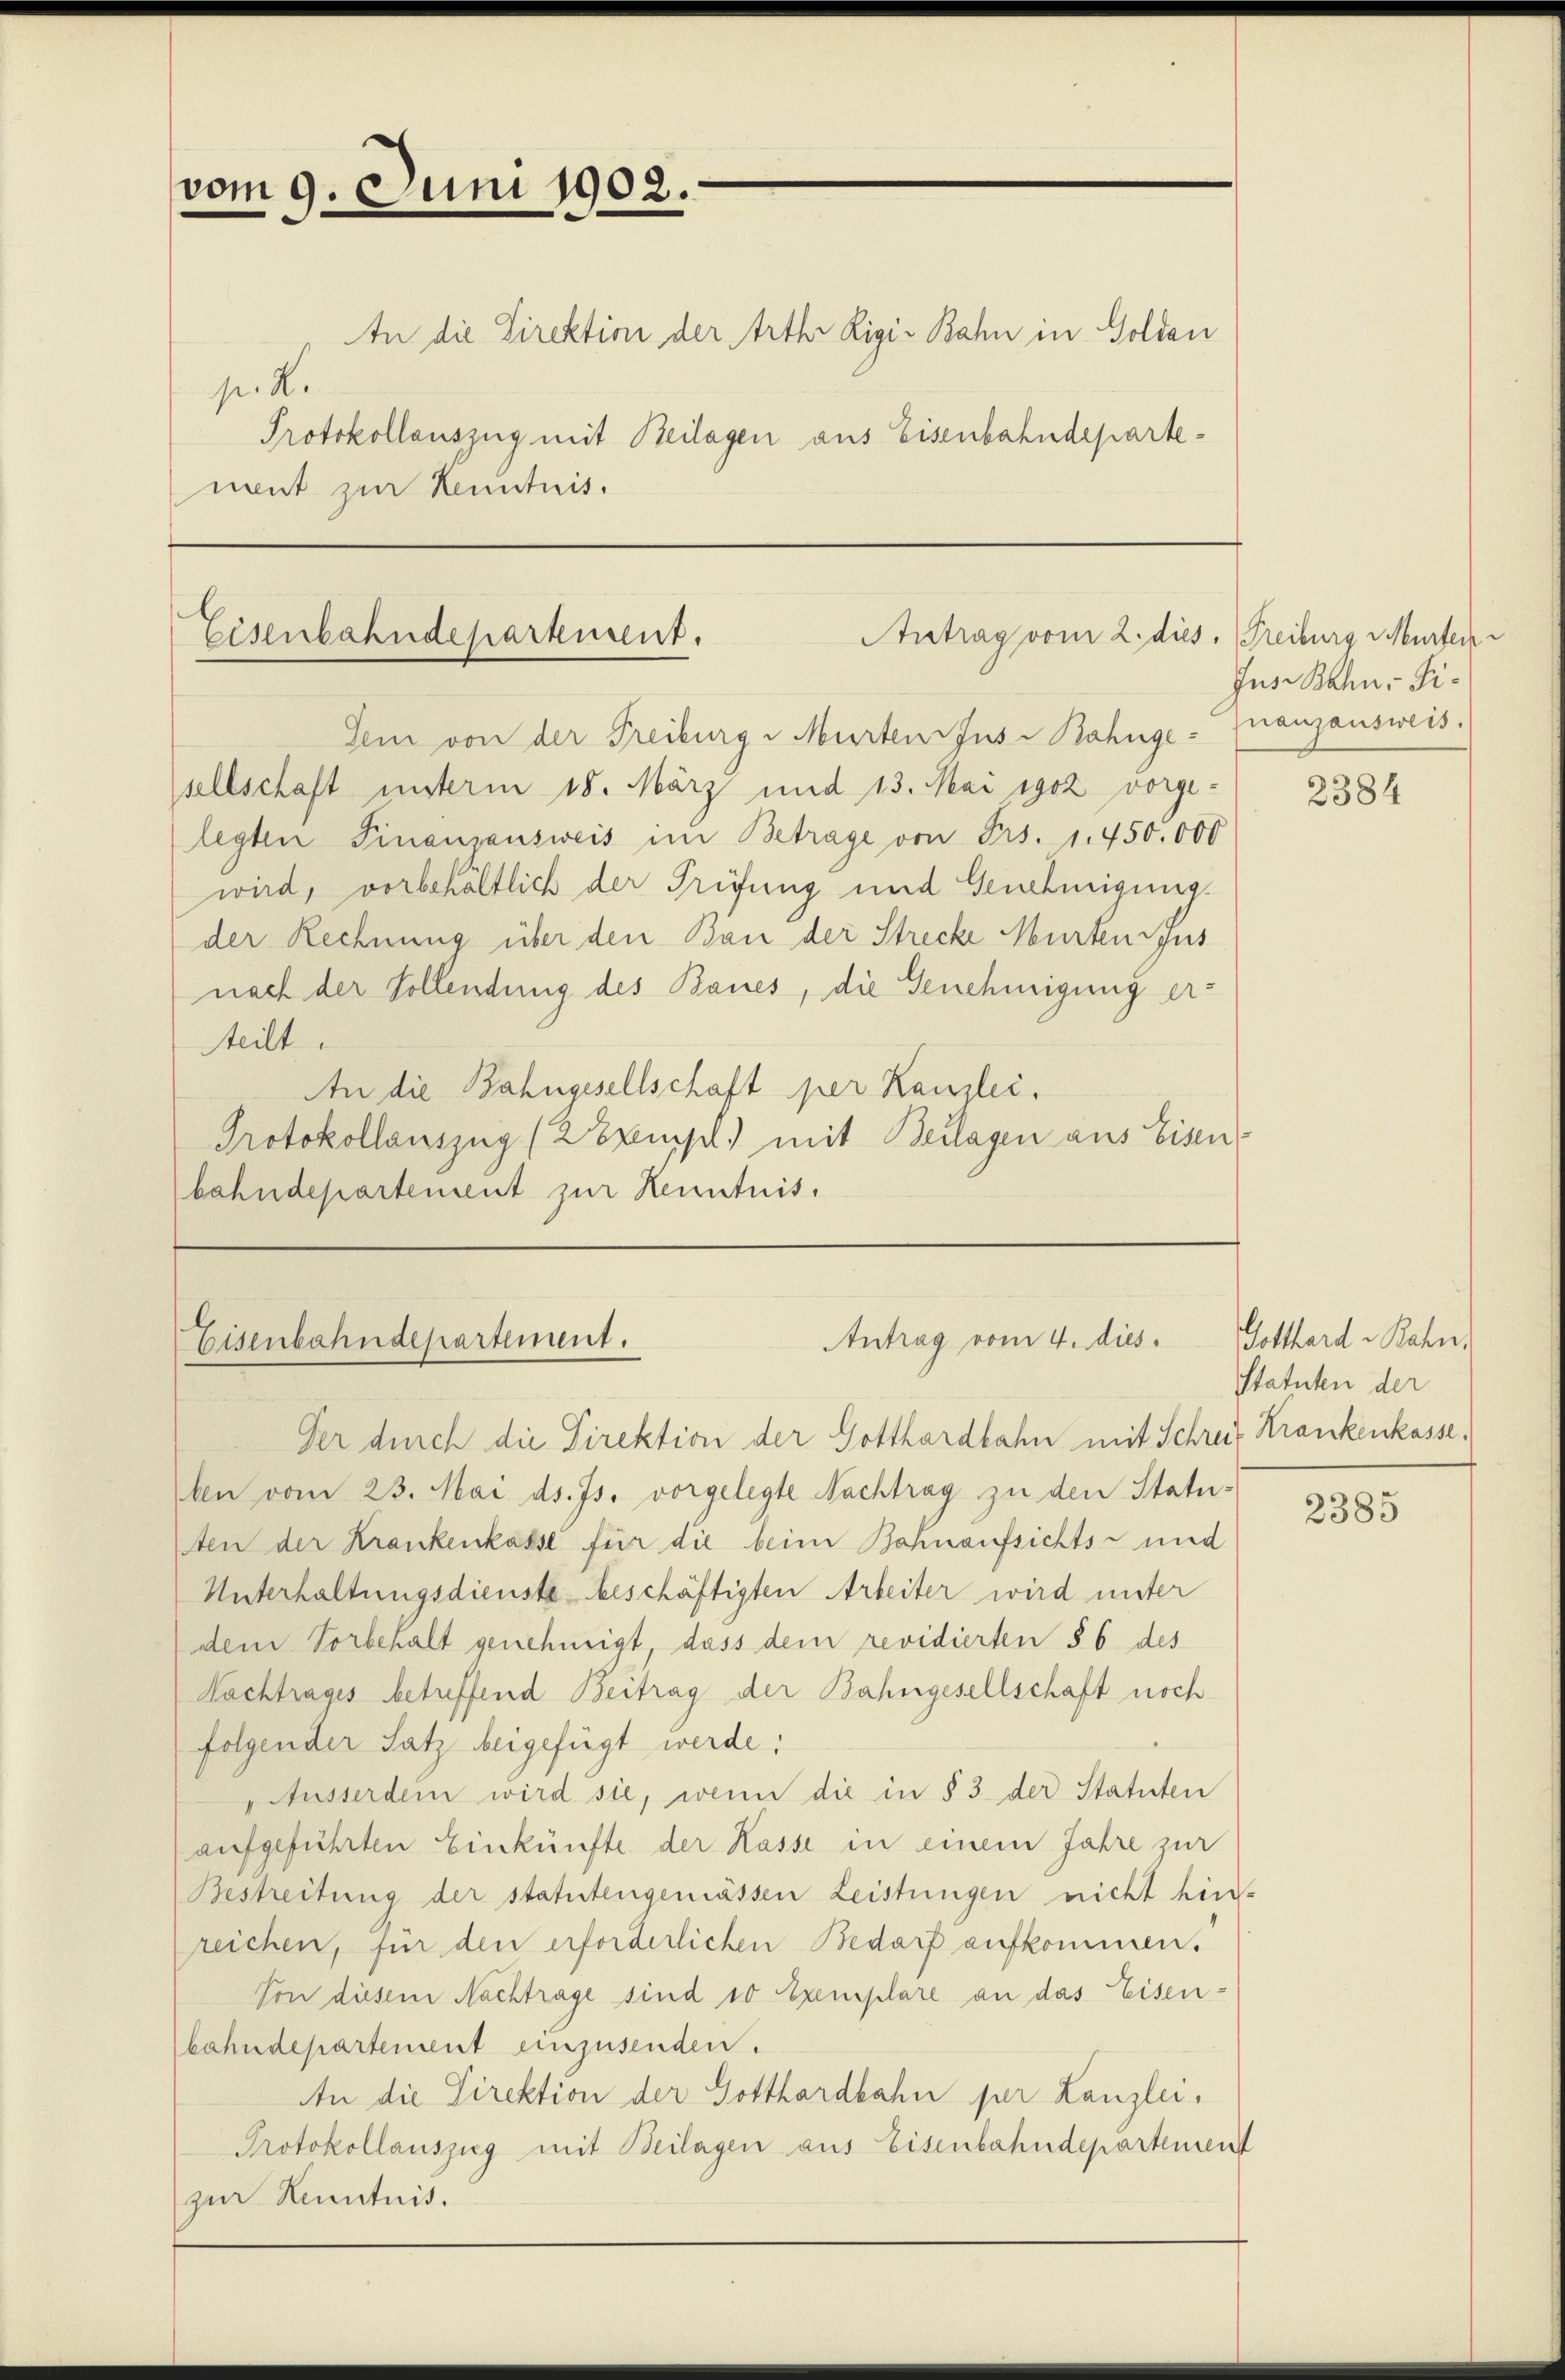
vom 9. Juni 1902.

Protokollauszug mit Beilagen aus Eisenbahndepartenent zur Kenntnis.

Antrag vom 2. dies. Freiburg Murten
Eisenbahndepartement.
dem von der Freiburg - Murten Jus Bahnge- (nanzausweis.

An die Direktion der Arth Ligir Bahn in Golden
p. Ke

Antrag vom 4. dies.
Eisenbahndepartement.

sellschaft unterm 18. März und 13. Mai 1902 vorgelegten Finanzausweis im Betrage von Frs. 1. 450.000
wird, vorbehältlich der Prüfung und Genehmigung.
der Rechnung über den Bau der Strecke Murtengus
nach der Sollendung des Baues, die Genehmigung erteilt.
An die Bahngesellschaft per Kanzlei.
Protokollauszug (2 Exempel. mit Beilagen aus Eisenbahndepartement zur Kenntnis.

Ver durch die Direktion der Gotthardbahn mit Schreif Krankenkasse,
ben vom 23. Mai d. Js. vorgelegte Nachtrag zu den Statuten der Krankenkasse für die beim Bahnaufsichts- und
Unterhaltungsdienste beschäftigten Arbeiter wird unter
dem Vorbehalt genehmigt, dass dem revidierten § 6 des
Nachtrages betreffend Beitrag der Bahngesellschaft noch
folgender Satz beigefügt werde:
Ausserdem wird sie, wenn die in § 3 der Statuten
aufgeführten Einkünfte der Kasse in einem Jahre zur
Bestreitung der statutengemässen Leistungen nicht hin-
reichen, für den erforderlichen Bedarf aufkommen.
Von diesem Nachtrage sind 10 Exemplare an das Eisenbahndepartement einzusenden.
An die Direktion der Gotthardbahn per Lanzlei.
Protokollauszug mit Beilagen aus Eisenbahndepartement
zur Kenntnis.

Jus Bahn- Fi¬

2384

Gotthard u Bahn,
Statuten der

2385